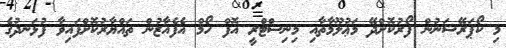
މި ކޯޕަރޭޝަނުން ފޯރުކޮށްދޭ މަޢުލޫމާތާއި މިނިސްޓްރީ އޮފް ހޯމް އެފެއާޒުން ތައްޔާރުކޮށްފައިވާ ފުޅަނދުގެ